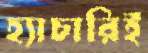
হ্যাচারিই